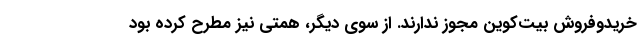
خریدوفروش بیت­‌کوین مجوز ندارند. از سوی دیگر، همتی نیز مطرح کرده بود